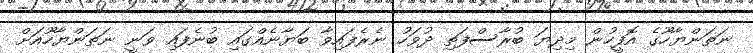
ނަތަންޔާހޫގެ އޮފީހުން މިދިޔަ ބުރާސްފަތި ދުވަހު ނެރެފައިވާ ބަޔާނެއްގައި ބުނެފައި ވަނީ ނަތަންޔާހޫއަށް